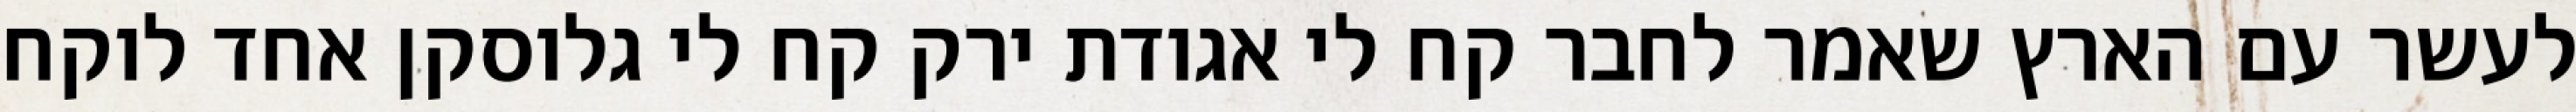
לעשר עם הארץ שאמר לחבר קח לי אגודת ירק קח לי גלוסקן אחד לוקח